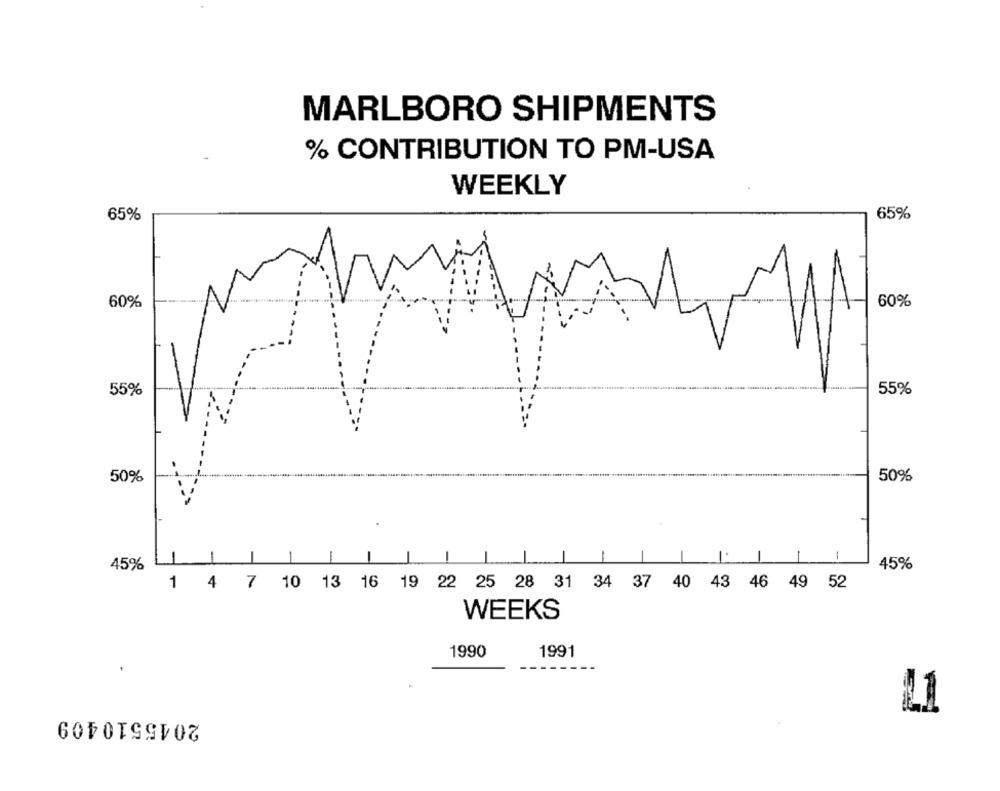
MARLBORO SHIPMENTS
% CONTRIBUTION TO PM-USA
WEEKLY
65%
65%
60%
60%
55%
55%
50%
50%
1
1
1
11
45%
45%
1 4 7 10 13 16 19 22 25 28 31 34 37 40 43 46 49 52
WEEKS
1990
1991
.
2045510409
11